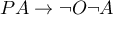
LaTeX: P A \to \lnot O \lnot A